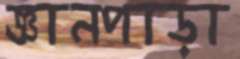
জ্ঞানপাড়া